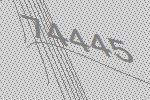
74445